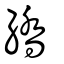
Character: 繑